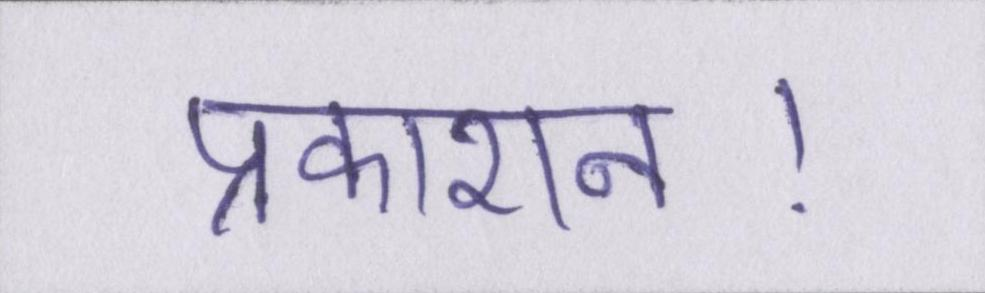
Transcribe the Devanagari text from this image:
प्रकाशन।